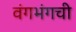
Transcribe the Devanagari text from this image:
वंगभंगची